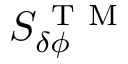
S _ { \delta \phi } ^ { \mathrm { ~ T ~ M ~ } }